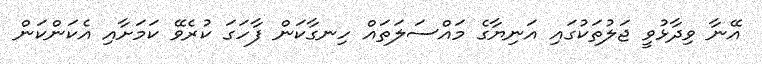
އޭނާ ވިދާޅުވީ ޖަލުތަކުގައި އަނިޔާގެ މައްސަލަތައް ހިނގާކަން ފާހަގަ ކުރެވޭ ކަމަށާއި އެކަންކަން